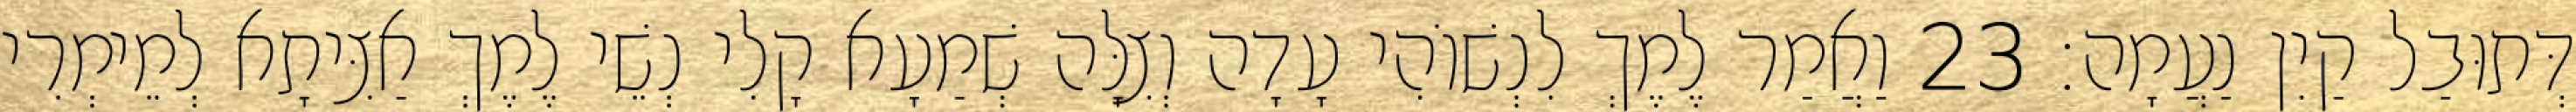
דְּתוּבַל קַיִן נַעֲמָה׃ 23 וַאֲמַר לֶמֶךְ לִנְשׁוֹהִי עָדָה וְצִלָּה שְׁמַעָא קָלִי נְשֵׁי לֶמֶךְ אַצִּיתָא לְמֵימְרִי